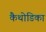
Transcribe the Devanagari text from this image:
कैथोडिका